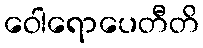
ဝေါရောပေတီတိ